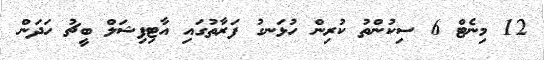
12 މިނެޓް 6 ސިކުންތު ކުރިން ހުޅަނގު ފަރާތުގައި އާޓިފިޝަލް ބީޗު ހަދަން